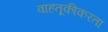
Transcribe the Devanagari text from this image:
वाहतूकीकरता